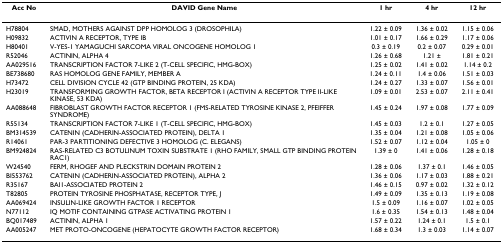
<table><thead><tr><td><b>Acc No</b></td><td><b>DAVID Gene Name</b></td><td><b>1 hr</b></td><td><b>4 hr</b></td><td><b>12 hr</b></td></tr></thead><tbody><tr><td>H78804</td><td>SMAD, MOTHERS AGAINST DPP HOMOLOG 3 (DROSOPHILA)</td><td>1.22 ± 0.09</td><td>1.36 ± 0.02</td><td>1.15 ± 0.06</td></tr><tr><td>H09832</td><td>ACTIVIN A RECEPTOR, TYPE IB</td><td>1.01 ± 0.17</td><td>1.66 ± 0.29</td><td>1.17 ± 0.06</td></tr><tr><td>H80401</td><td>V-YES-1 YAMAGUCHI SARCOMA VIRAL ONCOGENE HOMOLOG 1</td><td>0.3 ± 0.19</td><td>0.2 ± 0.07</td><td>0.29 ± 0.01</td></tr><tr><td>R52046</td><td>ACTININ, ALPHA 4</td><td>1.26 ± 0.68</td><td>1.21 ±</td><td>1.81 ± 0.21</td></tr><tr><td>AA029516</td><td>TRANSCRIPTION FACTOR 7-LIKE 2 (T-CELL SPECIFIC, HMG-BOX)</td><td>1.25 ± 0.02</td><td>1.41 ± 0.02</td><td>1.14 ± 0.2</td></tr><tr><td>BE738680</td><td>RAS HOMOLOG GENE FAMILY, MEMBER A</td><td>1.24 ± 0.11</td><td>1.4 ± 0.06</td><td>1.51 ± 0.03</td></tr><tr><td>H73472</td><td>CELL DIVISION CYCLE 42 (GTP BINDING PROTEIN, 25 KDA)</td><td>1.24 ± 0.27</td><td>1.33 ± 0.07</td><td>1.56 ± 0.01</td></tr><tr><td>H23019</td><td>TRANSFORMING GROWTH FACTOR, BETA RECEPTOR I (ACTIVIN A RECEPTOR TYPE II-LIKE KINASE, 53 KDA)</td><td>1.09 ± 0.01</td><td>2.53 ± 0.07</td><td>2.11 ± 0.41</td></tr><tr><td>AA088648</td><td>FIBROBLAST GROWTH FACTOR RECEPTOR 1 (FMS-RELATED TYROSINE KINASE 2, PFEIFFER SYNDROME)</td><td>1.45 ± 0.24</td><td>1.97 ± 0.08</td><td>1.77 ± 0.09</td></tr><tr><td>R55134</td><td>TRANSCRIPTION FACTOR 7-LIKE 1 (T-CELL SPECIFIC, HMG-BOX)</td><td>1.45 ± 0.03</td><td>1.2 ± 0.1</td><td>1.27 ± 0.05</td></tr><tr><td>BM314539</td><td>CATENIN (CADHERIN-ASSOCIATED PROTEIN), DELTA 1</td><td>1.35 ± 0.04</td><td>1.21 ± 0.08</td><td>1.05 ± 0.06</td></tr><tr><td>R14061</td><td>PAR-3 PARTITIONING DEFECTIVE 3 HOMOLOG (C. ELEGANS)</td><td>1.52 ± 0.07</td><td>1.12 ± 0.04</td><td>1.05 ± 0</td></tr><tr><td>BM924824</td><td>RAS-RELATED C3 BOTULINUM TOXIN SUBSTRATE 1 (RHO FAMILY, SMALL GTP BINDING PROTEIN RAC1)</td><td>1.39 ± 0</td><td>1.41 ± 0.06</td><td>1.28 ± 0.18</td></tr><tr><td>W24540</td><td>FERM, RHOGEF AND PLECKSTRIN DOMAIN PROTEIN 2</td><td>1.28 ± 0.06</td><td>1.37 ± 0.1</td><td>1.46 ± 0.05</td></tr><tr><td>BI553762</td><td>CATENIN (CADHERIN-ASSOCIATED PROTEIN), ALPHA 2</td><td>1.36 ± 0.06</td><td>1.17 ± 0.03</td><td>1.88 ± 0.21</td></tr><tr><td>R35167</td><td>BAI1-ASSOCIATED PROTEIN 2</td><td>1.46 ± 0.15</td><td>0.97 ± 0.02</td><td>1.32 ± 0.12</td></tr><tr><td>T82805</td><td>PROTEIN TYROSINE PHOSPHATASE, RECEPTOR TYPE, J</td><td>1.49 ± 0.09</td><td>1.35 ± 0.13</td><td>1.19 ± 0.08</td></tr><tr><td>AA069424</td><td>INSULIN-LIKE GROWTH FACTOR 1 RECEPTOR</td><td>1.5 ± 0.09</td><td>1.16 ± 0.07</td><td>1.02 ± 0.05</td></tr><tr><td>N77112</td><td>IQ MOTIF CONTAINING GTPASE ACTIVATING PROTEIN 1</td><td>1.6 ± 0.35</td><td>1.54 ± 0.13</td><td>1.48 ± 0.04</td></tr><tr><td>BQ017489</td><td>ACTININ, ALPHA 1</td><td>1.57 ± 0.22</td><td>1.24 ± 0.1</td><td>1.5 ± 0.1</td></tr><tr><td>AA005247</td><td>MET PROTO-ONCOGENE (HEPATOCYTE GROWTH FACTOR RECEPTOR)</td><td>1.68 ± 0.34</td><td>1.3 ± 0.03</td><td>1.14 ± 0.07</td></tr></tbody></table>